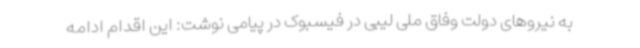
به نیروهای دولت وفاق ملی لیبی در فیسبوک در پیامی نوشت: این اقدام ادامه